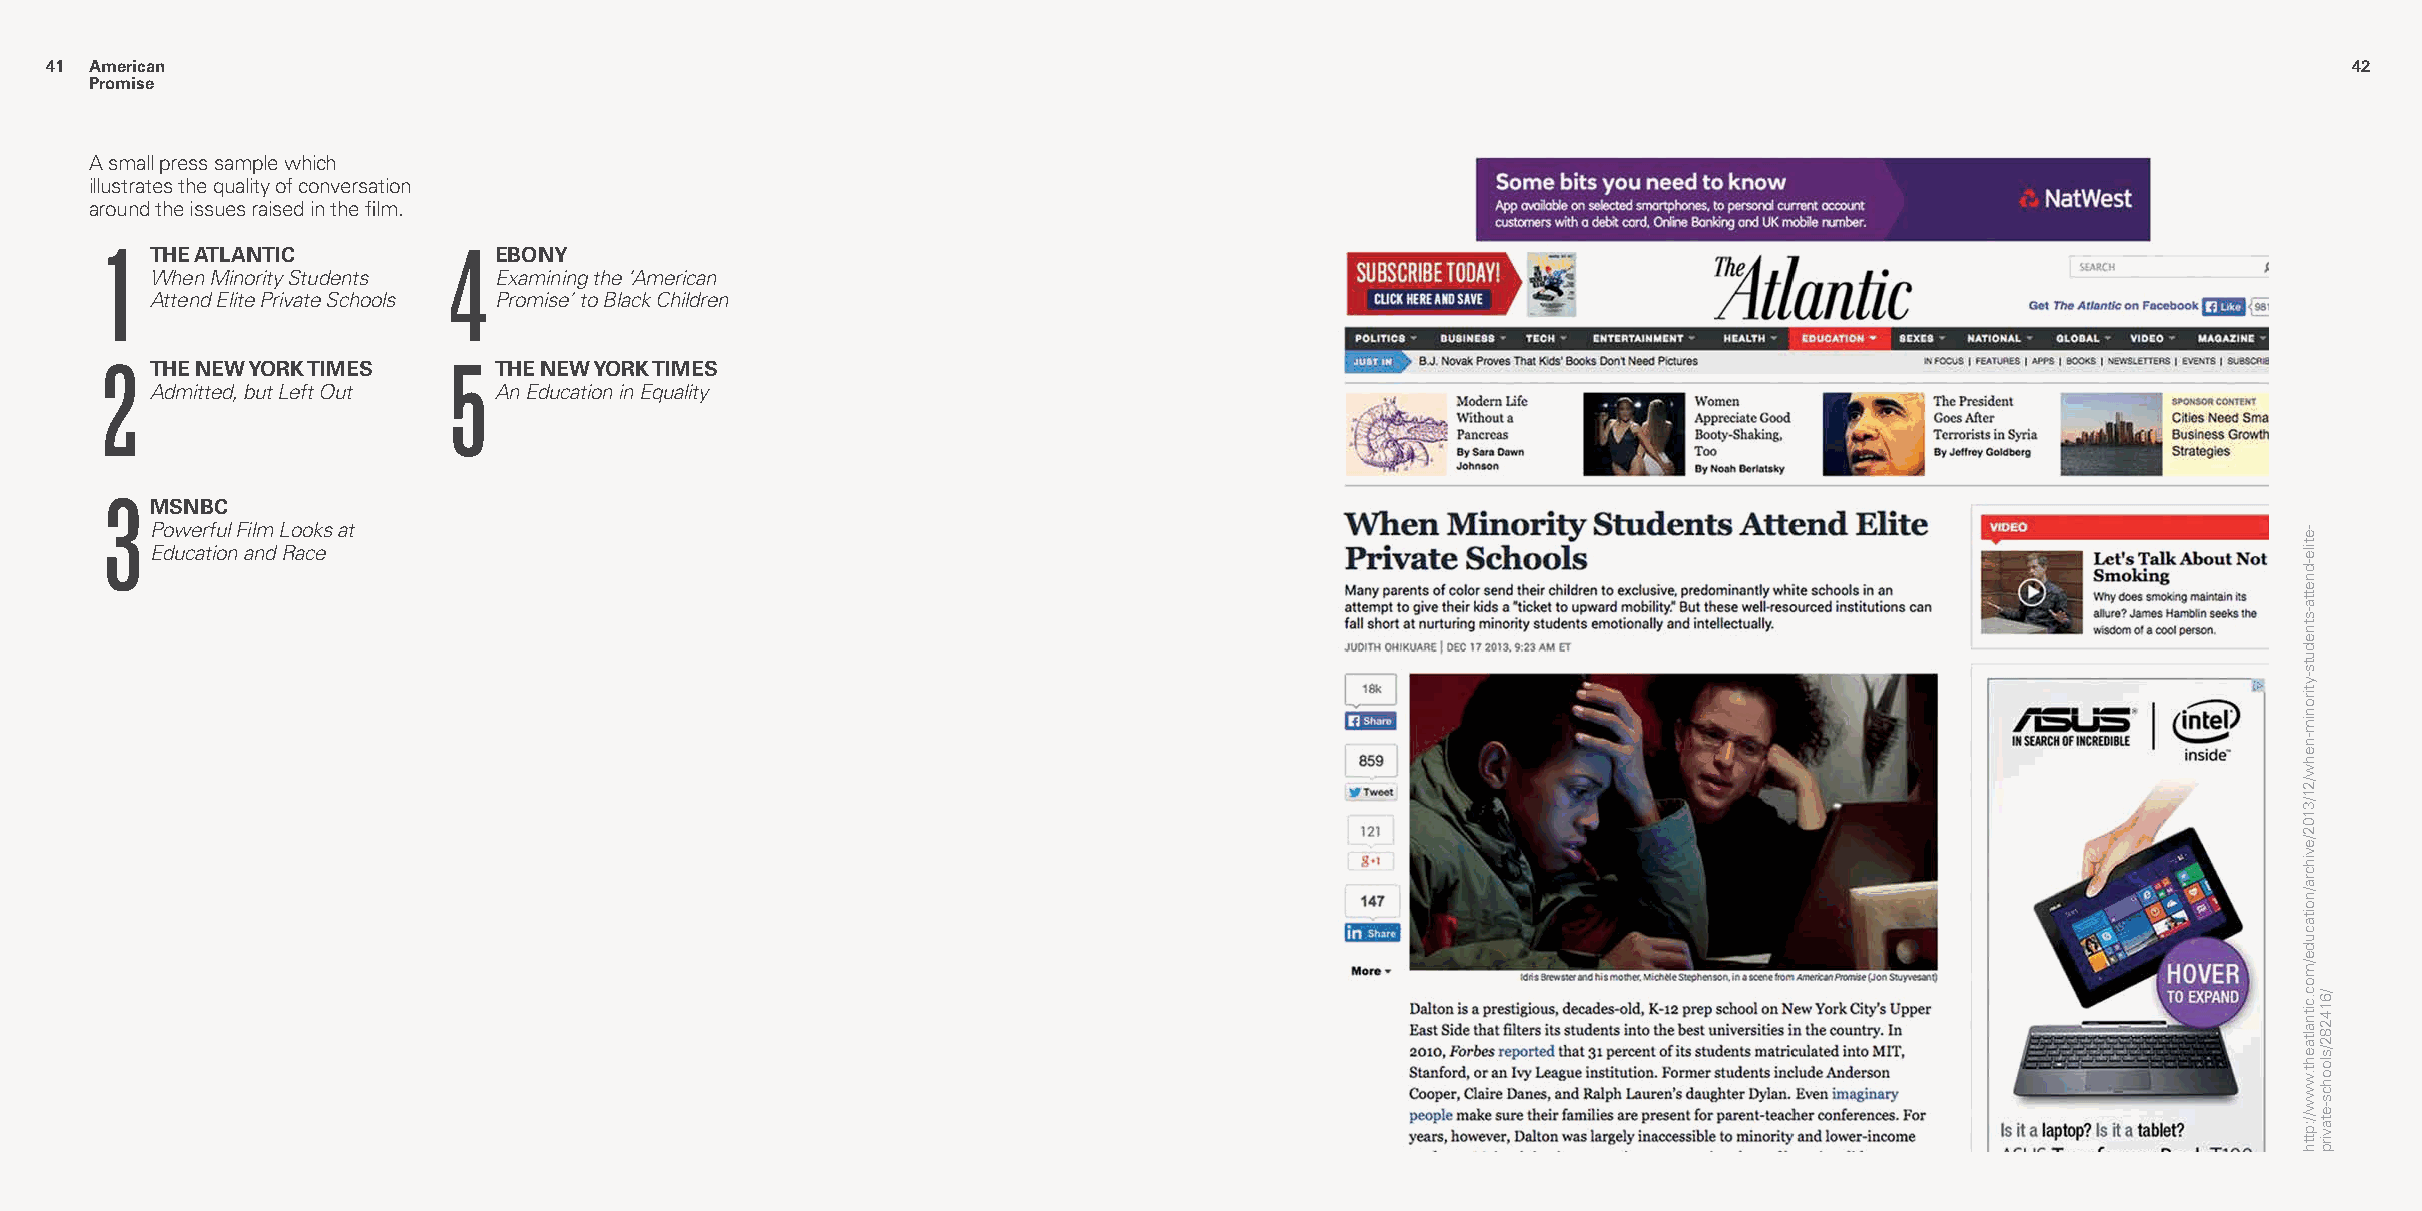
4411 American                                                                                                                                            4422
 Promise
 A small press sample which
 illustrates the quality of conversation
 around the issues raised in the film.
 1  THE ATLANTIC        4  EBONY
 When Minority Students Examining the ‘American
 Attend Elite Private Schools Promise’ to Black Children
 2  THE NEW YORK TIMES  5  THE NEW YORK TIMES
 Admitted, but Left Out An Education in Equality
 3
 MSNBC
 Powerful Film Looks at
 Education and Race
 -etile-dnetta-stneduts-ytironim-nehw/21/3102/evihcra/noitacude/moc.citnaltaeht.www//:ptth
 /614282/sloohcs-etavirp